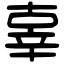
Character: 辜